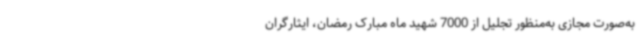
به‌صورت مجازی به‌منظور تجلیل از 7000 شهید ماه مبارک رمضان، ایثارگران